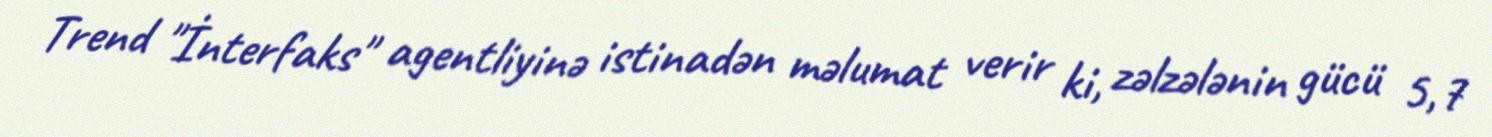
Trend "İnterfaks" agentliyinə istinadən məlumat verir ki, zəlzələnin gücü 5,7